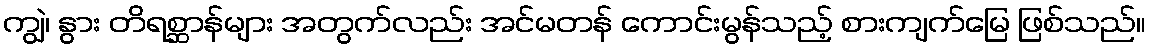
ကျွဲ၊ နွား တိရစ္ဆာန်များ အတွက်လည်း အင်မတန် ကောင်းမွန်သည့် စားကျက်မြေ ဖြစ်သည်။